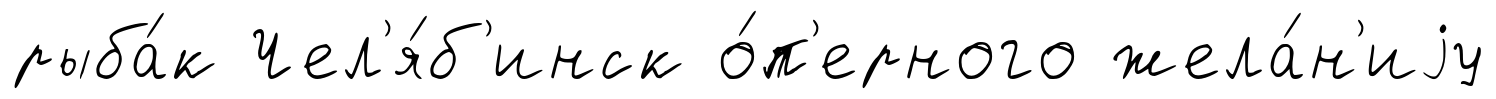
рыба́к Чел'я́б'инск о́п'ерного жела́н'иjу